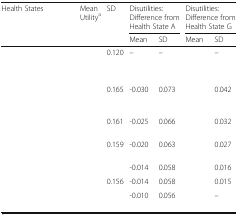
<table><thead><tr><td rowspan="2"><b>Health States</b></td><td rowspan="2"><b>Mean Utility<sup>a</sup></b></td><td rowspan="2"><b>SD</b></td><td colspan="2"><b>Disutilities: Difference from Health State A</b></td><td colspan="2"><b>Disutilities: Difference from Health State G</b></td></tr><tr><td><b>Mean</b></td><td><b>SD</b></td><td><b>Mean</b></td><td><b>SD</b></td></tr></thead><tbody><tr><td>[EMPTY_CELL]</td><td>[EMPTY_CELL]</td><td>0.120</td><td>–</td><td>–</td><td>[EMPTY_CELL]</td><td>–</td></tr><tr><td colspan="7">[EMPTY_CELL]</td></tr><tr><td>[EMPTY_CELL]</td><td>[EMPTY_CELL]</td><td>0.165</td><td>-0.030</td><td>0.073</td><td>[EMPTY_CELL]</td><td>0.042</td></tr><tr><td>[EMPTY_CELL]</td><td>[EMPTY_CELL]</td><td>0.161</td><td>-0.025</td><td>0.066</td><td>[EMPTY_CELL]</td><td>0.032</td></tr><tr><td>[EMPTY_CELL]</td><td>[EMPTY_CELL]</td><td>0.159</td><td>-0.020</td><td>0.063</td><td>[EMPTY_CELL]</td><td>0.027</td></tr><tr><td>[EMPTY_CELL]</td><td>[EMPTY_CELL]</td><td>[EMPTY_CELL]</td><td>-0.014</td><td>0.058</td><td>[EMPTY_CELL]</td><td>0.016</td></tr><tr><td>[EMPTY_CELL]</td><td>[EMPTY_CELL]</td><td>0.156</td><td>-0.014</td><td>0.058</td><td>[EMPTY_CELL]</td><td>0.015</td></tr><tr><td>[EMPTY_CELL]</td><td>[EMPTY_CELL]</td><td>[EMPTY_CELL]</td><td>-0.010</td><td>0.056</td><td>[EMPTY_CELL]</td><td>–</td></tr></tbody></table>